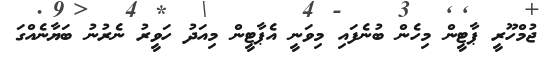
ޖުމްހޫރީ ޕާޓީން މިހެން ބުނެފައި މިވަނީ އެޕާޓީން މިއަދު ހަވީރު ނެރުނު ބަޔާނެއްގަ